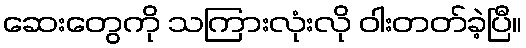
ဆေးတွေကို သကြားလုံးလို ဝါးတတ်ခဲ့ပြီ။